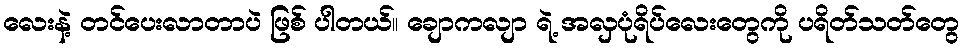
လေးနဲ့ တင်ပေးလာတာပဲ ဖြစ် ပါတယ်၊၊ ချောကလျာ ရဲ့ အလှပုံရိပ်လေးတွေကို ပရိတ်သတ်တွေ